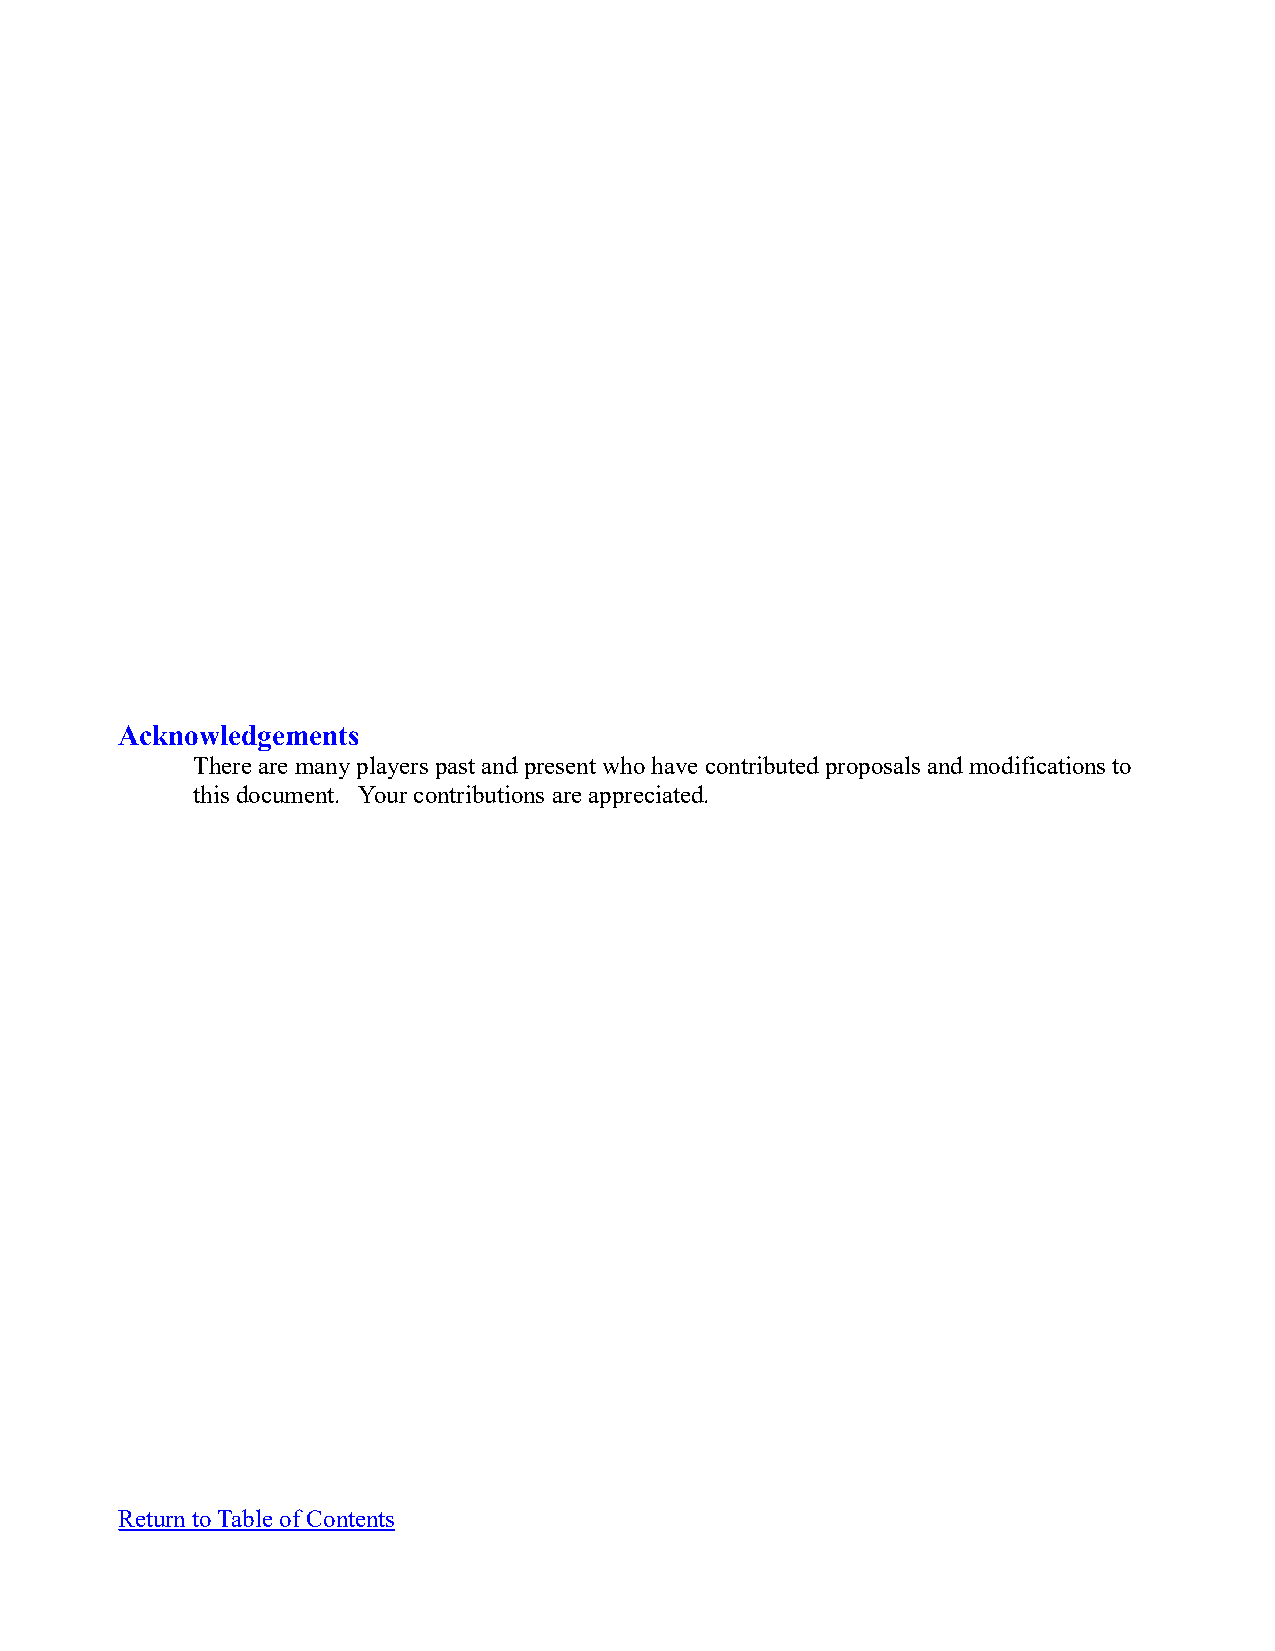
Acknowledgements
 There are many players past and present who have contributed proposals and modifications to
 this document. Your contributions are appreciated.
 Return to Table of Contents